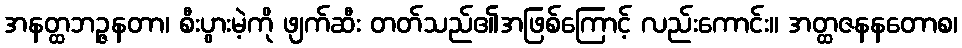
အနတ္ထဘဉ္ဇနတာ၊ စီးပွားမဲ့ကို ဖျက်ဆီး တတ်သည်၏အဖြစ်ကြောင့် လည်းကောင်း။ အတ္ထဇနနတောစ၊